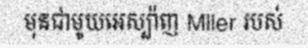
មុនជាមូយអេស្ប៉ាញ Mller របស់